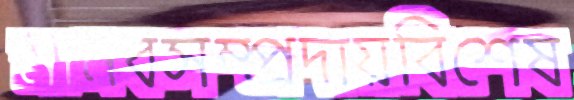
মানবসম্প্রদায়বিশেষ